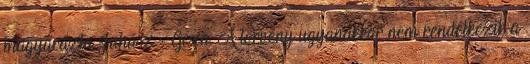
magyarázta Juhász Géza. A törvény ugyanakkor nem rendelkezik a